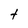
Character: t